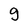
Character: g